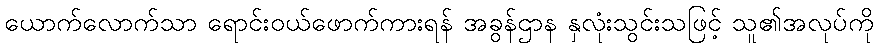
ယောက်လောက်သာ ရောင်းဝယ်ဖောက်ကားရန် အခွန်ဌာန နှလုံးသွင်းသဖြင့် သူ၏အလုပ်ကို